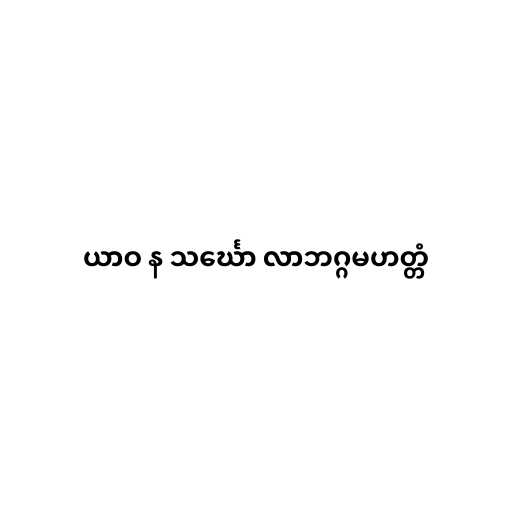
ယာဝ န သင်္ဃော လာဘဂ္ဂမဟတ္တံ